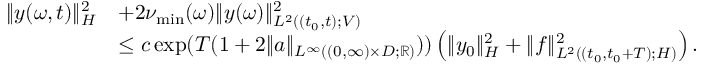
\begin{array} { r l } { \| y ( \omega , t ) \| _ { H } ^ { 2 } } & { + 2 \nu _ { \operatorname* { m i n } } ( \omega ) \| y ( \omega ) \| _ { L ^ { 2 } ( ( t _ { 0 } , t ) ; V ) } ^ { 2 } } \\ & { \leq c \exp ( T ( 1 + 2 \| a \| _ { L ^ { \infty } ( ( 0 , \infty ) \times D ; \mathbb { R } ) } ) ) \left( \| y _ { 0 } \| _ { H } ^ { 2 } + \| f \| _ { L ^ { 2 } ( ( t _ { 0 } , t _ { 0 } + T ) ; H ) } ^ { 2 } \right) . } \end{array}